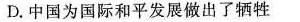
D.中国为国际和平发展做出了牺牲